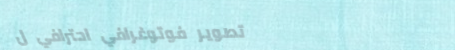
تصوير فوتوغرافي احترافي ل